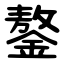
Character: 鏊